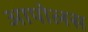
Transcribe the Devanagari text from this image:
आपोलस